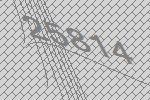
25814